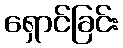
ရှောင်ခြင်း